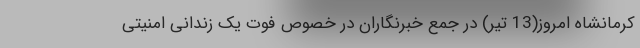
کرمانشاه امروز(13 تیر) در جمع خبرنگاران در خصوص فوت یک زندانی امنیتی